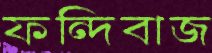
ফন্দিবাজ